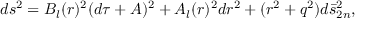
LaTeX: d s ^ { 2 } = B _ { l } ( r ) ^ { 2 } ( d \tau + A ) ^ { 2 } + A _ { l } ( r ) ^ { 2 } d r ^ { 2 } + ( r ^ { 2 } + q ^ { 2 } ) d \bar { s } _ { 2 n } ^ { 2 } ,